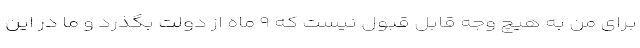
برای من به هیچ وجه قابل قبول نیست که ۹ ماه از دولت بگذرد و ما در این